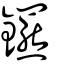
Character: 𨰟